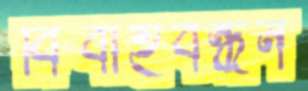
বিবাহবন্ধন